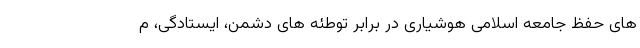
های حفظ جامعه اسلامی هوشیاری در برابر توطئه های دشمن، ایستادگی، م